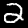
Label: 2